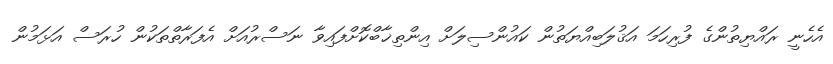
އެހެނީ ރައްޔިތުންގެ ފުރިހަމަ އަޤުލަބިއްޔަތުން ކައުންސިލަށް އިންތިޚާބްކޮށްފައިވާ ނަސްރުއަށް އެފަރާތްތަކުން ހުރަސް އަޅަމުން